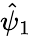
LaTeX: \hat{\psi}_{1}